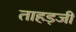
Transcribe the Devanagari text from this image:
ताहड़जी